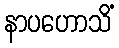
နာပဟောသိံ